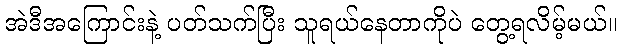
အဲဒီအကြောင်းနဲ့ ပတ်သက်ပြီး သူရယ်နေတာကိုပဲ တွေ့ရလိမ့်မယ်။